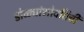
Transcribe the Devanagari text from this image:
डोळ्यांभोवतिची